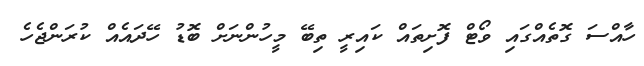
ހާއްސަ ގޮތެއްގައި ވޯޓް ފޮށިތައް ކައިރީ ތިބޭ މީހުންނަަށް ބޮޑު ހޭދައެއް ކުރަންޖެހެ